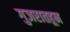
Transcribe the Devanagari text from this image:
गुजरातहून